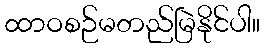
ထာဝစဉ်မတည်မြဲနိုင်ပါ။